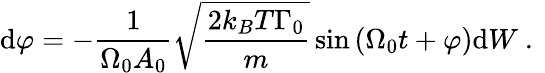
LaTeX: \mathrm{d}\varphi=-\frac{1}{\Omega_{0}A_{0}}\sqrt{\frac{2k_{B}T\Gamma_{0}}{m}}\sin\left(\Omega_{0}t+\varphi\right)\mathrm{d}W\mathrm{~.~}